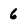
Character: 6